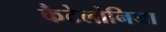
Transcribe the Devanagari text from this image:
कैटेलोनिया